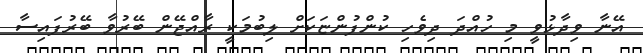
އޭނާ ވިދާޅުވީ މި ހުއްދަ ދިވެހި ކުންފުންޏަކަށް ލިބުމަކީ ރާއްޖޭން ބޭރުވާ ބޭރުފައިސާ